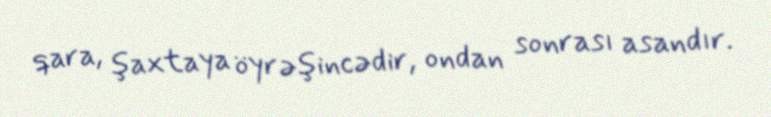
qara, şaxtaya öyrəşincədir, ondan sonrası asandır.